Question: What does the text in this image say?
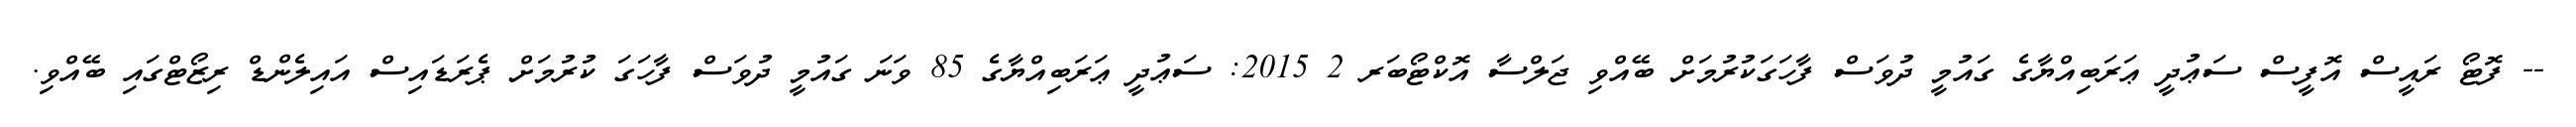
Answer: -- ފޮޓޯ ރައީސް އޮފީސް ސަޢުދީ ޢަރަބިއްޔާގެ ގައުމީ ދުވަސް ފާހަގަކުރުމަށް ބޭއްވި ޖަލްސާ އޮކްޓޯބަރ 2 2015: ސަޢުދީ ޢަރަބިއްޔާގެ 85 ވަނަ ގައުމީ ދުވަސް ފާހަގަ ކުރުމަށް ޕެރަޑައިސް އައިލެންޑް ރިޒޯޓްގައި ބޭއްވި.